Riigikantselei, lk 159
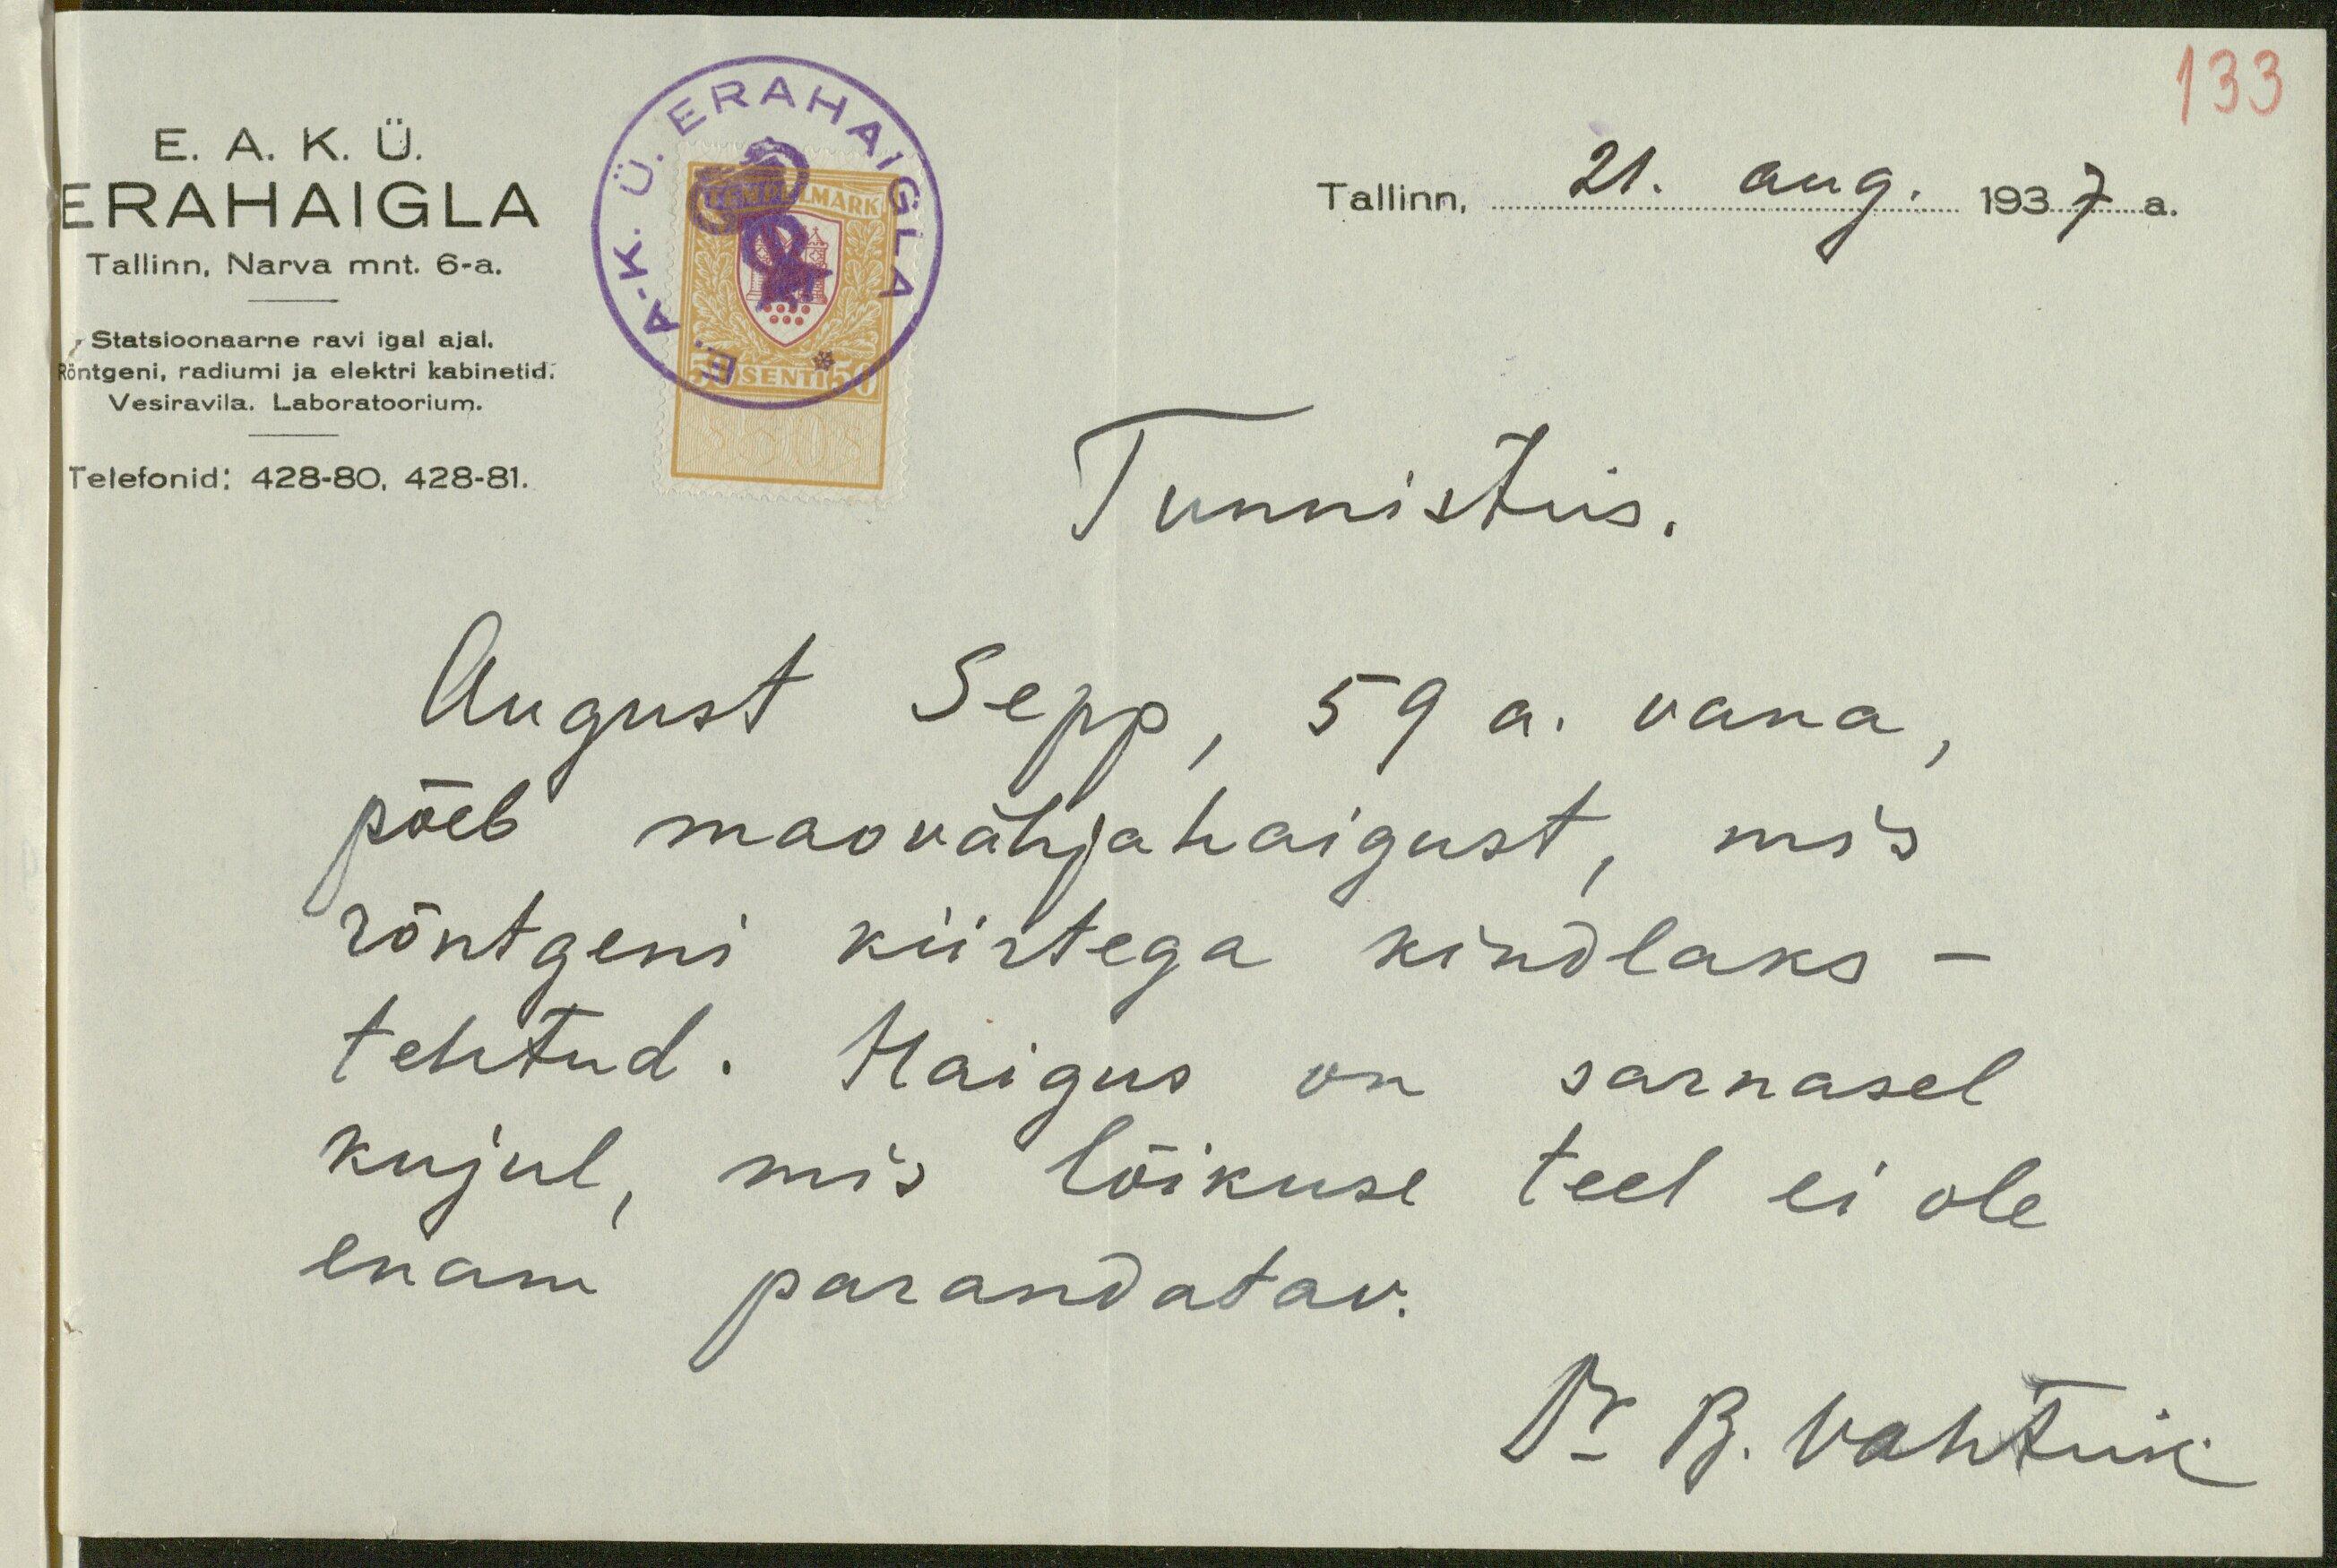
Tallinn, 21. aug. 1937 a.
E. A. K. Ü.
ERAHAIGLA
Tallinn, Narva mnt. 6-a.
Statsioonaarne ravi igal ajal.
Röntgeni, radiumi ja elektri kabinetid.
Vesiravila. Laboratoorium.
Telefonid: 428-80, 428-81.
Tunnistus.
August Sepp, 59 a. vana,
põeb maavähjahaigust, mis
röntgeni kiirtega kindlaks -
tehtud. Haigus on sarnasel
kujul, mis lõikuse teel ei ole
enam parandatav.
Dr B. Vahtrik

133